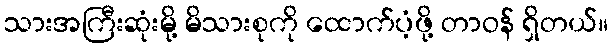
သားအကြီးဆုံးမို့ မိသားစုကို ထောက်ပံ့ဖို့ တာဝန် ရှိတယ်။